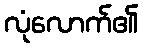
လုံလောက်၏